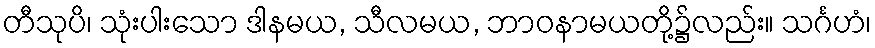
တီသုပိ၊ သုံးပါးသော ဒါနမယ, သီလမယ, ဘာဝနာမယတို့၌လည်း။ သင်္ဂဟံ၊